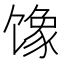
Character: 𱄇